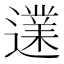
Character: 𨗩